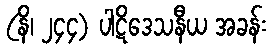
(နိ၊ ၂၄၄) ပါဋိဒေသနီယ အခန်း